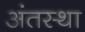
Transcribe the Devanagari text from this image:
अंंतस्था